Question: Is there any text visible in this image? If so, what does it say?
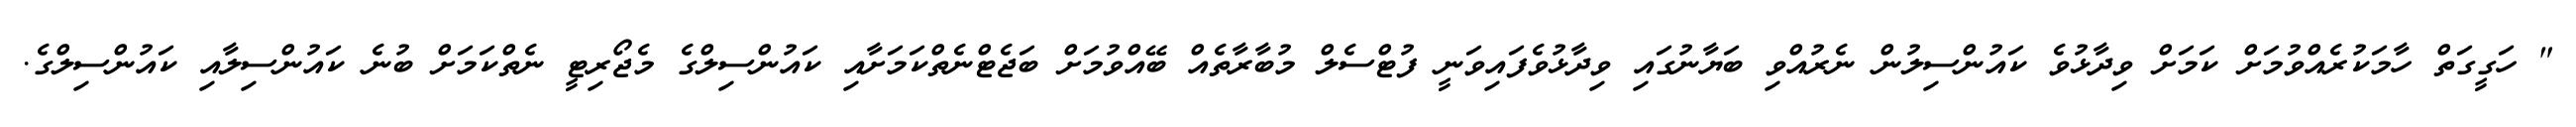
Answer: " ހަގީގަތް ހާމަކުރެއްވުމަށް ކަމަށް ވިދާޅުވެ ކައުންސިލުން ނެރުއްވި ބަޔާނުގައި ވިދާޅުވެފައިވަނީ ފުޓްސެލް މުބާރާތެއް ބޭއްވުމަށް ބަޖެޓްނެތްކަމަށާއި ކައުންސިލްގެ މެޖޯރިޓީ ނެތްކަމަށް ބުނެ ކައުންސިލާއި ކައުންސިލްގެ.